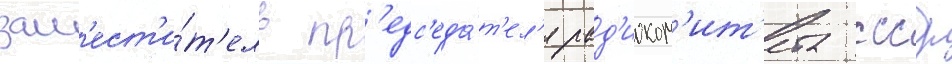
зам'ест'и́т'ель пр'едс'еда́т'ел'я рад'иоком'ит'ета ссср